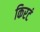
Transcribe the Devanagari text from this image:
किरटं